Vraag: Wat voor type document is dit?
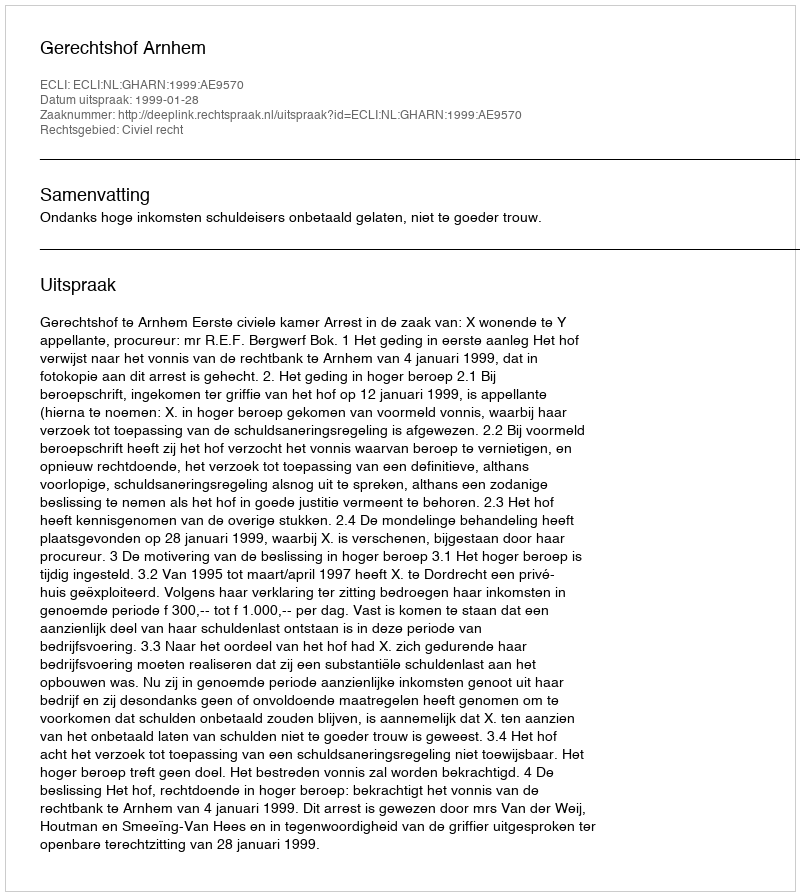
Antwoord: Uitspraak